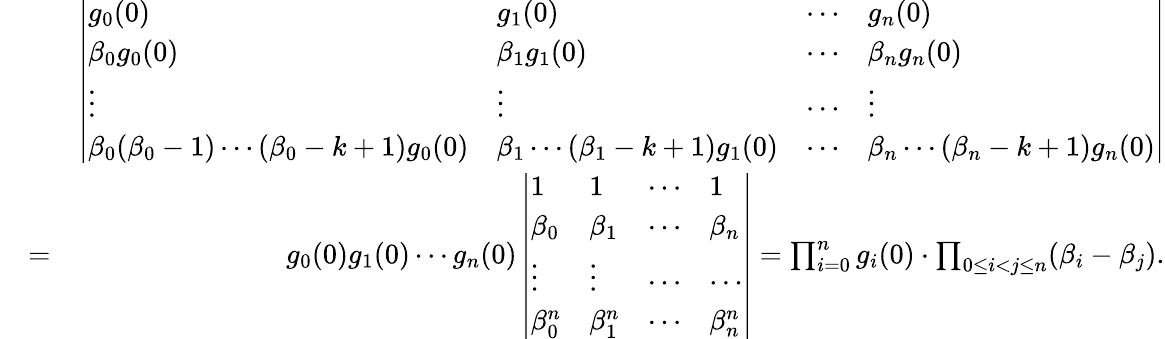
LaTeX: \begin{array}{rlr}&{}&{\left|\begin{array}{llll}{g_{0}(0)}&{g_{1}(0)}&{\cdots}&{g_{n}(0)}\\ {\beta_{0}g_{0}(0)}&{\beta_{1}g_{1}(0)}&{\cdots}&{\beta_{n}g_{n}(0)}\\ {\vdots}&{\vdots}&{\cdots}&{\vdots}\\ {\beta_{0}(\beta_{0}-1)\cdots(\beta_{0}-k+1)g_{0}(0)}&{\beta_{1}\cdots(\beta_{1}-k+1)g_{1}(0)}&{\cdots}&{\beta_{n}\cdots(\beta_{n}-k+1)g_{n}(0)}\end{array}\right|}\\ &{=}&{g_{0}(0)g_{1}(0)\cdots g_{n}(0)\left|\begin{array}{llll}{1}&{1}&{\cdots}&{1}\\ {\beta_{0}}&{\beta_{1}}&{\cdots}&{\beta_{n}}\\ {\vdots}&{\vdots}&{\cdots}&{\cdots}\\ {\beta_{0}^{n}}&{\beta_{1}^{n}}&{\cdots}&{\beta_{n}^{n}}\end{array}\right|=\prod_{i=0}^{n}g_{i}(0)\cdot\prod_{0\le i<j\le n}(\beta_{i}-\beta_{j}).}\end{array}